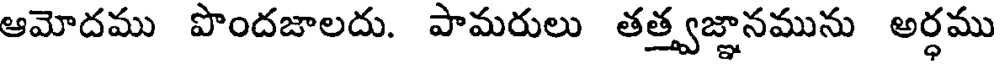
ఆమోదము పొందజాలదు. పామరులు తత్త్వజ్ఞానమును అర్ధము